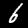
Label: 6